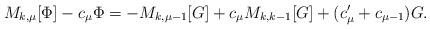
LaTeX: \begin{align*}M_{k,\mu} [\Phi] - c_\mu \Phi = -M_{k,\mu-1}[G] + c_\mu M_{k,k-1}[G] +( c_\mu' + c_{\mu-1} ) G .\end{align*}